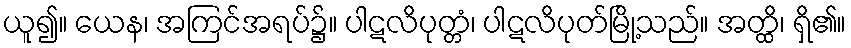
ယူ၍။ ယေန၊ အကြင်အရပ်၌။ ပါဋလိပုတ္တံ၊ ပါဋလိပုတ်မြို့သည်။ အတ္ထိ၊ ရှိ၏။